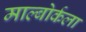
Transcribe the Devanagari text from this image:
माल्बोर्कला